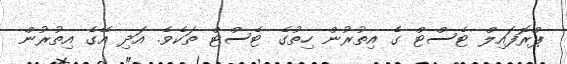
ޕްރޮފައިލް ޓެސްޓް ގެ އިތުރުން ހިތުގެ ޓެސްޓް ތަކެވެ. އަދި އޭގެ އިތުރުން